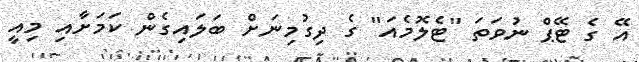
އޭ ގެ ޓޭޕް ނުވަތަ "ޓެލޮމެއަ" ގެ ދިގުމިނަށް ބަލައިގެން ކަމަށާއި މިއީ